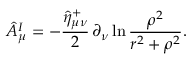
\hat { A } _ { \mu } ^ { I } = - \frac { \hat { \eta } _ { \mu \nu } ^ { + } } 2 \, \partial _ { \nu } \ln \frac { \rho ^ { 2 } } { r ^ { 2 } + \rho ^ { 2 } } .